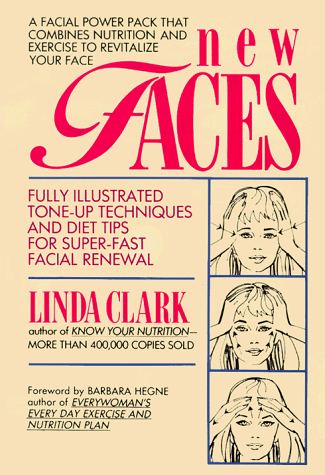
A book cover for New Faces; Linda Clark; Health, Fitness & Dieting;